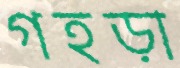
গহড়া